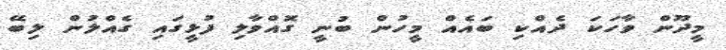
މީދޫން ވާހަކަ ދެއްކި ބައެއް މީހުން ބުނީ ގޮއްވާލި ފުޅީގައި ގެއްލުން ލިބޭ